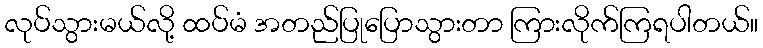
လုပ်သွားမယ်လို့ ထပ်မံ အတည်ပြုပြောသွားတာ ကြားလိုက်ကြရပါတယ်။